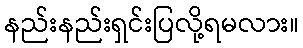
နည်းနည်းရှင်းပြလို့ရမလား။